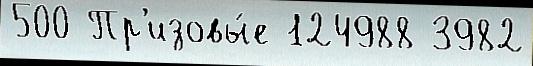
500 Пр'изовы́е 124988 3982